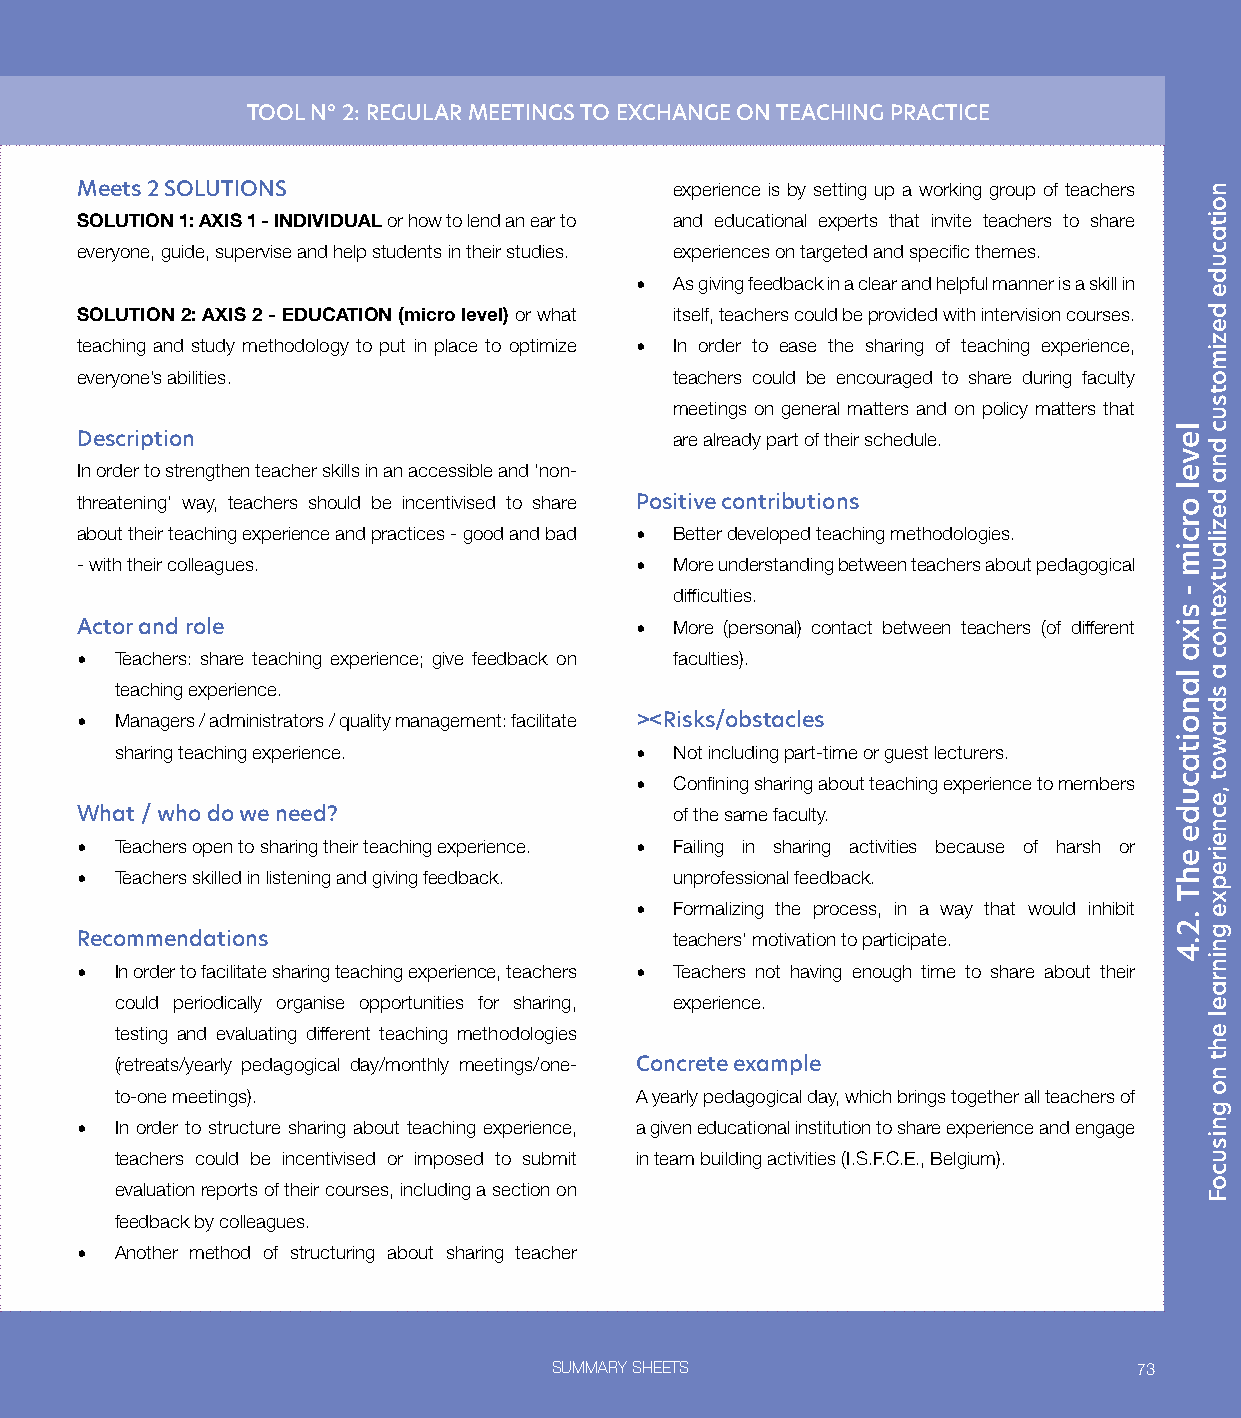
TOOL N° 2: REGULAR MEETINGS TO EXCHANGE ON TEACHING PRACTICE
 Meets 2 SOLUTIONS                       experience is by setting up a working group of teachers
 SOLUTION 1: AXIS 1 - INDIVIDUAL or how to lend an ear to and educational experts that invite teachers to share
 everyone, guide, supervise and help students in their studies. experiences on targeted and specific themes.
 •  As giving feedback in a clear and helpful manner is a skill in
 SOLUTION 2: AXIS 2 - EDUCATION (micro level) or what itself, teachers could be provided with intervision courses.
 teaching and study methodology to put in place to optimize • In order to ease the sharing of teaching experience,
 everyone’s abilities.                   teachers could be encouraged to share during faculty
 meetings on general matters and on policy matters that
 Description                             are already part of their schedule.
 In order to strengthen teacher skills in an accessible and ‘non-
 threatening’ way, teachers should be incentivised to share Positive contributions
 about their teaching experience and practices - good and bad • Better developed teaching methodologies.
 - with their colleagues.             •  More understanding between teachers about pedagogical
 difficulties.
 Actor and role                       •  More (personal) contact between teachers (of different
 •  Teachers: share teaching experience; give feedback on faculties).
 teaching experience.
 •  Managers / administrators / quality management: facilitate ><Risks/obstacles
 sharing teaching experience.      •  Not including part-time or guest lecturers.
 •  Confining sharing about teaching experience to members
 What / who do we need?                  of the same faculty.
 •  Teachers open to sharing their teaching experience. • Failing in sharing activities because of harsh or
 •  Teachers skilled in listening and giving feedback. unprofessional feedback.
 •  Formalizing the process, in a way that would inhibit
 Recommendations                         teachers’ motivation to participate.
 •  In order to facilitate sharing teaching experience, teachers • Teachers not having enough time to share about their
 could periodically organise opportunities for sharing, experience.
 testing and evaluating different teaching methodologies
 (retreats/yearly pedagogical day/monthly meetings/one- Concrete example
 to-one meetings).                 A yearly pedagogical day, which brings together all teachers of
 •  In order to structure sharing about teaching experience, a given educational institution to share experience and engage
 teachers could be incentivised or imposed to submit in team building activities (I.S.F.C.E., Belgium).
 evaluation reports of their courses, including a section on
 feedback by colleagues.
 •  Another method of structuring about sharing teacher
 SUMMARY SHEETS                        73
 level
 orcim
 -
 sixa
 lanoitacude
 ehT
 .2.4
 noitacude
 dezimotsuc
 dna
 dezilautxetnoc
 a
 sdrawot
 ,ecneirepxe
 gninrael
 eht
 no
 gnisucoF